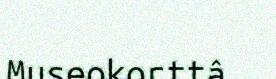
Museokorttâ